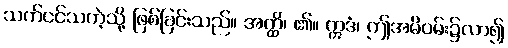
သက်ငင်သကဲ့သို့ ဖြစ်ခြင်းသည်။ အတ္ထိ၊ ၏။ ဣဒံ၊ ဤအမိဝမ်း၌လာ၍